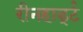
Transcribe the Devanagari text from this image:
रीनहार्ड्ट